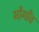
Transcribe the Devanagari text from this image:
भौगाँव